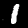
Digit: 1